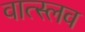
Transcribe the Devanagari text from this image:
वात्स्लव